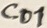
Text: Co1